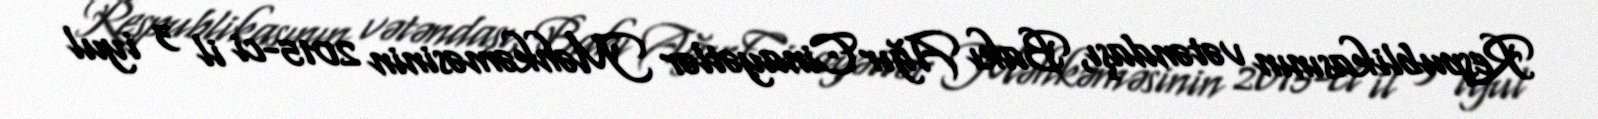
Respublikasının vətəndaşı, Bakı Ağır Cinayətlər Məhkəməsinin 2015-ci il 3 iyul